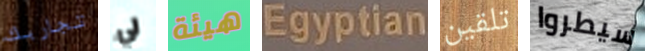
تجاربك لي هيئة Egyptian تلقين سيطروا